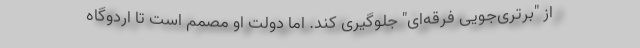
از "برتری‌جویی فرقه‌ای" جلوگیری کند. اما دولت او مصمم است تا اردوگاه